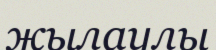
жылаулы